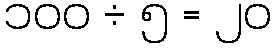
၁၀၀ ÷ ၅ = ၂၀